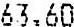
63.60